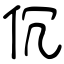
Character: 伔